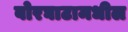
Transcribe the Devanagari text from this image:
बोरघाटामधील